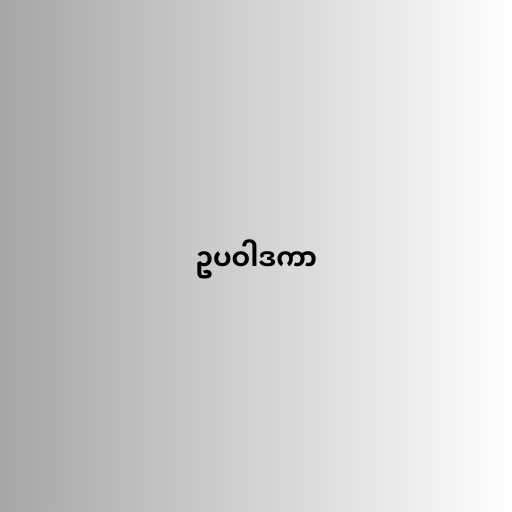
ဥပဝါဒကာ